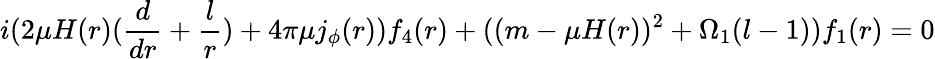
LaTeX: i(2\mu H(r)(\frac{d}{dr}+\frac{l}{r})+4\pi\mu j_{\phi}(r))f_{4}(r)+((m-\mu H(r))^{2}+\Omega_{1}(l-1))f_{1}(r)=0